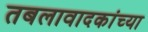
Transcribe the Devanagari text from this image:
तबलावादकांच्या